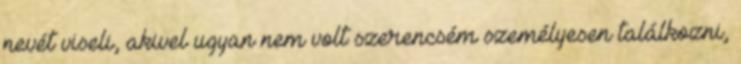
nevét viseli, akivel ugyan nem volt szerencsém személyesen találkozni,